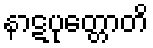
နာဋပုတ္တောတိ